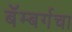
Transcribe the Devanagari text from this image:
बॅम्बर्गचा